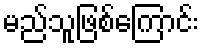
မည်သူဖြစ်ကြောင်း